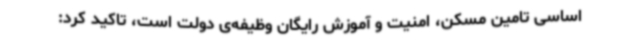
اساسی تامین مسکن، امنیت و آموزش رایگان وظیفه‌ی دولت است، تاکید کرد: